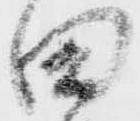
田